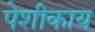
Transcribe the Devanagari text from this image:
पेशीकाय